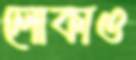
লোকাও